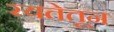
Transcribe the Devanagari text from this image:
रयतेतून